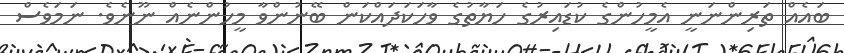
ބައެއް ތަރިންނަނީ އެމީހުންގެ ކުޑައިރުގެ ހަޔާތުގެ ވާހަކަދައްކަން ބޭނުންވާ މީހުންނެއް ނޫނެވެ. ނަމަވެސް